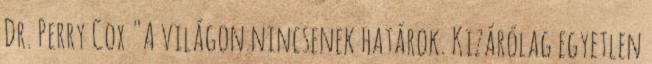
Dr. Perry Cox "A világon nincsenek határok. Kizárólag egyetlen